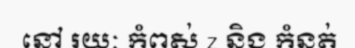
នៅ រយៈ កំពស់ z និង កំនត់